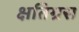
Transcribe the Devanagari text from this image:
क्षतिग्रस